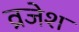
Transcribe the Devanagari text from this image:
व्रजेश